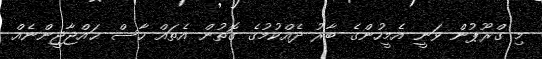
މި ގްރޫޕުން ވަނީ އެމީހުންގެ ބާރު ދެއްކުމުގެ ގޮތުން އެތައް ހާސް ޙައްޖާޖީންނެއް